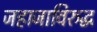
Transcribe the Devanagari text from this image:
जहाजाविरुद्ध